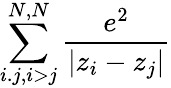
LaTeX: \sum_{i.j,i>j}^{N,N}\frac{e^{2}}{|z_{i}-z_{j}|}